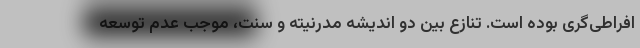
افراطی‌گری بوده است. تنازع بین دو اندیشه مدرنیته و سنت، موجب عدم توسعه